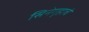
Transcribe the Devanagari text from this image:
सिनेगृहाचे